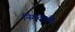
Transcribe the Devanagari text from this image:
निगदामि